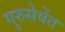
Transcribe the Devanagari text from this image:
गुरुसेवेंत